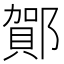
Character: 𲆝